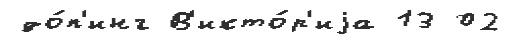
до́п'инг В'икто́р'иjа 13 02